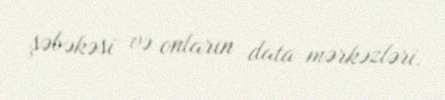
şəbəkəsi və onların data mərkəzləri.